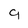
Character: 9